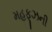
મહફૂઝની